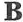
B